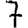
Digit: 7